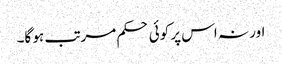
اور نہ اس پر کوئی حکم مرتب ہو گا۔